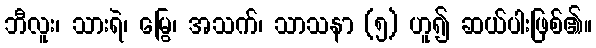
ဘီလူး၊ သားရဲ၊ မြွေ၊ အသက်၊ သာသနာ (၅) ဟူ၍ ဆယ်ပါးဖြစ်၏။